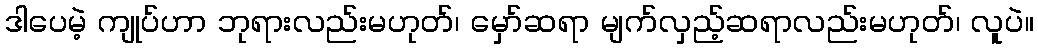
ဒါပေမဲ့ ကျုပ်ဟာ ဘုရားလည်းမဟုတ်၊ မှော်ဆရာ မျက်လှည့်ဆရာလည်းမဟုတ်၊ လူပဲ။